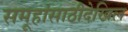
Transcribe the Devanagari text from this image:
समूहांसाठीदेखिल